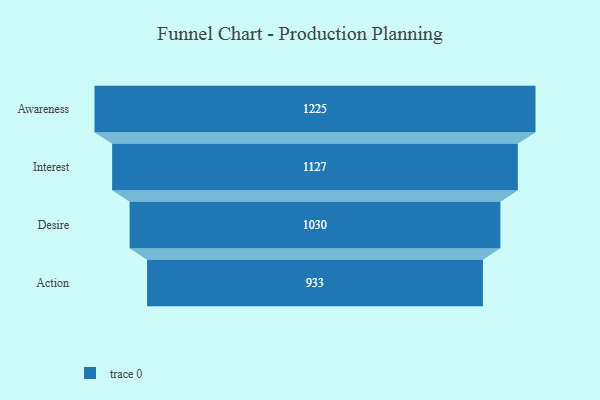
{"axis": {"x": "Stage", "y": "Value"}, "legend": [""], "data": [{"x": "Awareness", "y": 1225.0, "type": ""}, {"x": "Interest", "y": 1127.0, "type": ""}, {"x": "Desire", "y": 1030.0, "type": ""}, {"x": "Action", "y": 933.0, "type": ""}]}